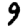
Digit: 9